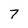
Character: 7